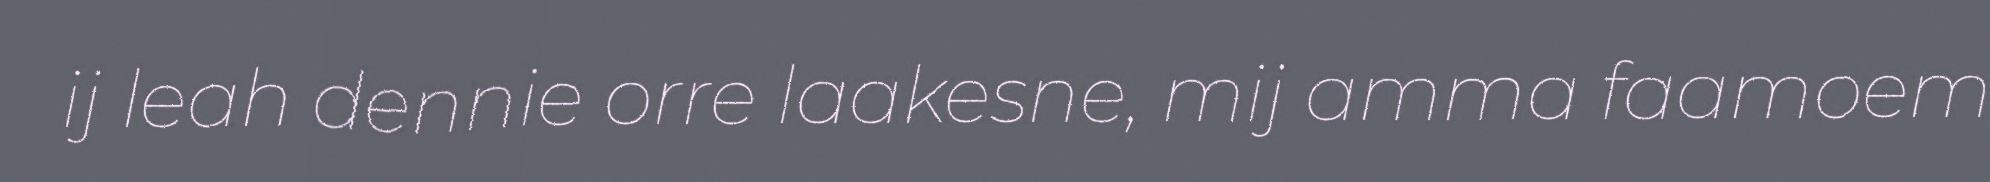
ij leah dennie orre laakesne, mij amma faamoem